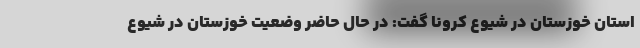
استان خوزستان در شیوع کرونا گفت: در حال حاضر وضعیت خوزستان در شیوع